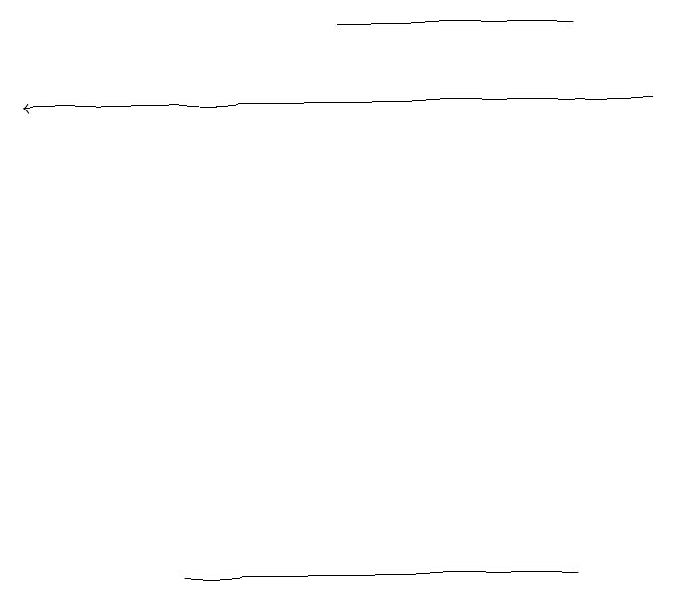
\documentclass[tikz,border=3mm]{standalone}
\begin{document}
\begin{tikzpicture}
\draw (8,19) rectangle (5,19);
\draw (8,12) rectangle (3,12);
\draw[->] (9,18) -- (1,18);
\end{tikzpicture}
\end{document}